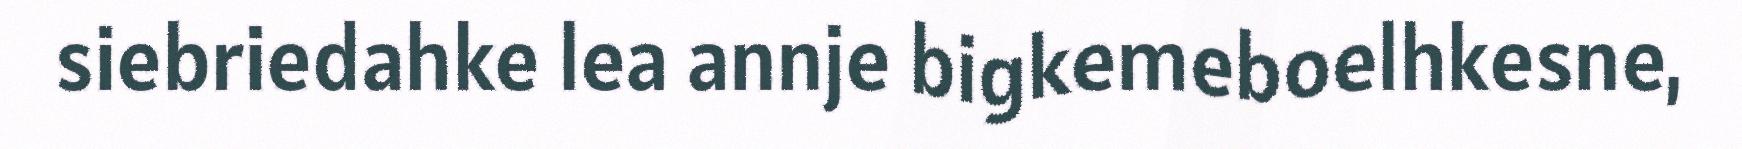
siebriedahke lea annje bigkemeboelhkesne,